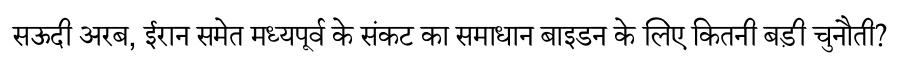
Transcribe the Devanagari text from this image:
सऊदी अरब, ईरान समेत मध्यपूर्व के संकट का समाधान बाइडन के लिए कितनी बड़ी चुनौती?